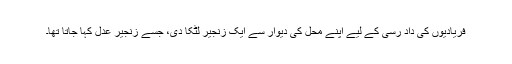
فریادیوں کی داد رسی کے لیے اپنے محل کی دیوار سے ایک زنجیر لٹکا دی، جسے زنجیر عدل کہا جاتا تھا۔